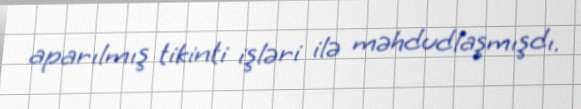
aparılmış tikinti işləri ilə məhdudlaşmışdı.